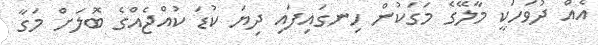
އެއް ދުވަހަކީ މާލޭގެ މަގަކުން ހިނގައިފައި ދިޔަ ކުޑަ ކުއްޖެއްގެ ބޮލަށް މަގާ